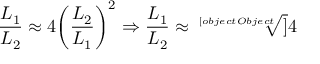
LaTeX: { \frac { L _ { 1 } } { L _ { 2 } } } \approx 4 { \left( { \frac { L _ { 2 } } { L _ { 1 } } } \right) } ^ { 2 } \Rightarrow { \frac { L _ { 1 } } { L _ { 2 } } } \approx { \sqrt [ [object Object] ] { 4 } } \,